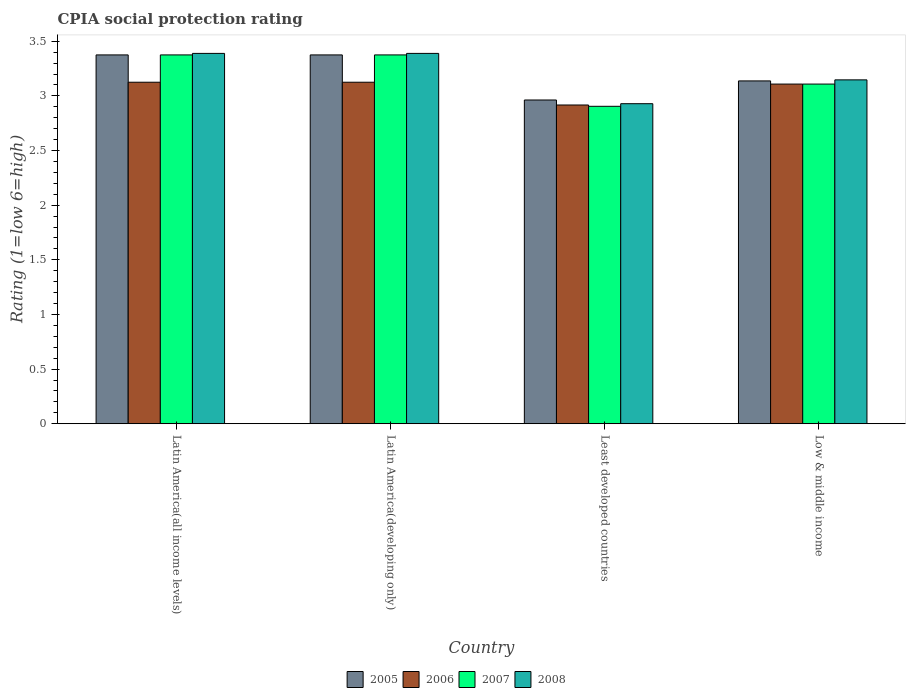
| Country | 2005 | 2006 | 2007 | 2008 |
 | --- | --- | --- | --- | --- |
 | Latin America(all income levels) | 3.38 | 3.12 | 3.38 | 3.39 |
 | Latin America(developing only) | 3.38 | 3.12 | 3.38 | 3.39 |
 | Least developed countries | 2.96 | 2.92 | 2.9 | 2.93 |
 | Low & middle income | 3.14 | 3.11 | 3.11 | 3.15 |